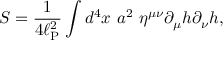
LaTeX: S = \frac { 1 } { 4 \ell _ { \mathrm { P } } ^ { 2 } } \int d ^ { 4 } x ~ a ^ { 2 } ~ \eta ^ { \mu \nu } \partial _ { \mu } h \partial _ { \nu } h ,